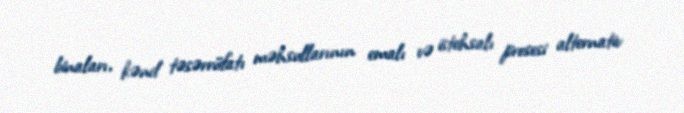
binaları, kənd təsərrüfatı məhsullarının emalı və istehsalı prosesi alternativ